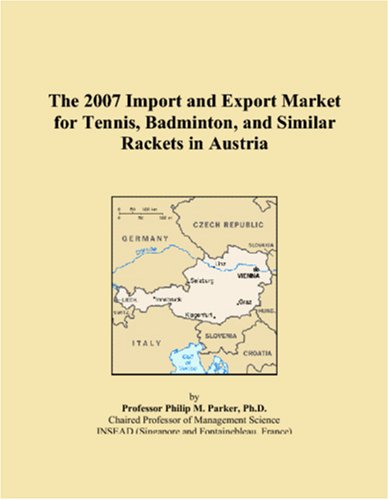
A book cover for The 2007 Import and Export Market for Tennis, Badminton, and Similar Rackets in Austria; Philip M. Parker; Sports & Outdoors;